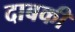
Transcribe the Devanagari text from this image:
दाबकी